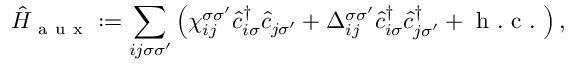
\hat { H } _ { \mathrm { ~ a ~ u ~ x ~ } } : = \sum _ { i j \sigma \sigma ^ { \prime } } \left( \chi _ { i j } ^ { \sigma \sigma ^ { \prime } } \hat { c } _ { i \sigma } ^ { \dagger } \hat { c } _ { j \sigma ^ { \prime } } + \Delta _ { i j } ^ { \sigma \sigma ^ { \prime } } \hat { c } _ { i \sigma } ^ { \dagger } \hat { c } _ { j \sigma ^ { \prime } } ^ { \dagger } + \mathrm { ~ h ~ . ~ c ~ . ~ } \right) ,